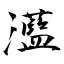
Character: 灆